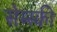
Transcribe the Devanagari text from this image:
सेम्स्की